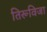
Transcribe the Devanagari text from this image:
तिरूविजा